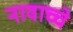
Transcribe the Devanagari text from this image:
नावाच्चे